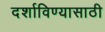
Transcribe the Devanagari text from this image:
दर्शाविण्यासाठी